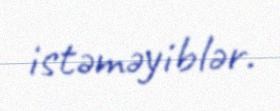
istəməyiblər.